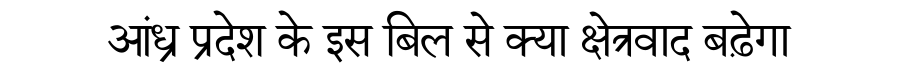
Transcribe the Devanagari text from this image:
आंध्र प्रदेश के इस बिल से क्या क्षेत्रवाद बढ़ेगा